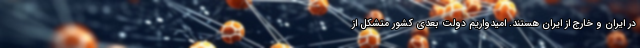
در ایران و خارج از ایران هستند. امیدواریم دولت بعدی کشور متشکل از